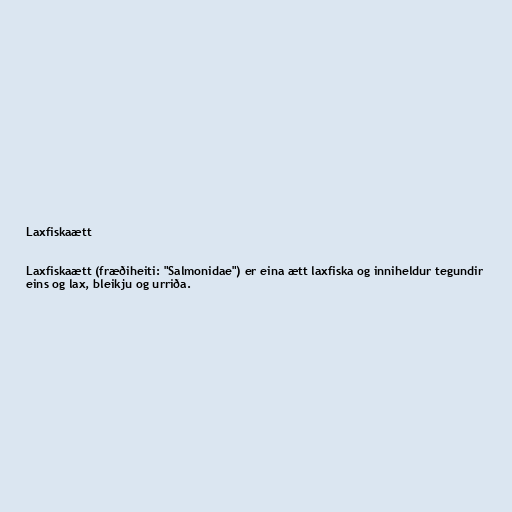
Laxfiskaætt

Laxfiskaætt (fræðiheiti: "Salmonidae") er eina ætt laxfiska og inniheldur tegundir
eins og lax, bleikju og urriða.